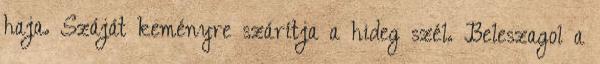
haja. Száját keményre szárítja a hideg szél. Beleszagol a